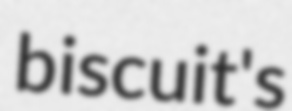
biscuit's